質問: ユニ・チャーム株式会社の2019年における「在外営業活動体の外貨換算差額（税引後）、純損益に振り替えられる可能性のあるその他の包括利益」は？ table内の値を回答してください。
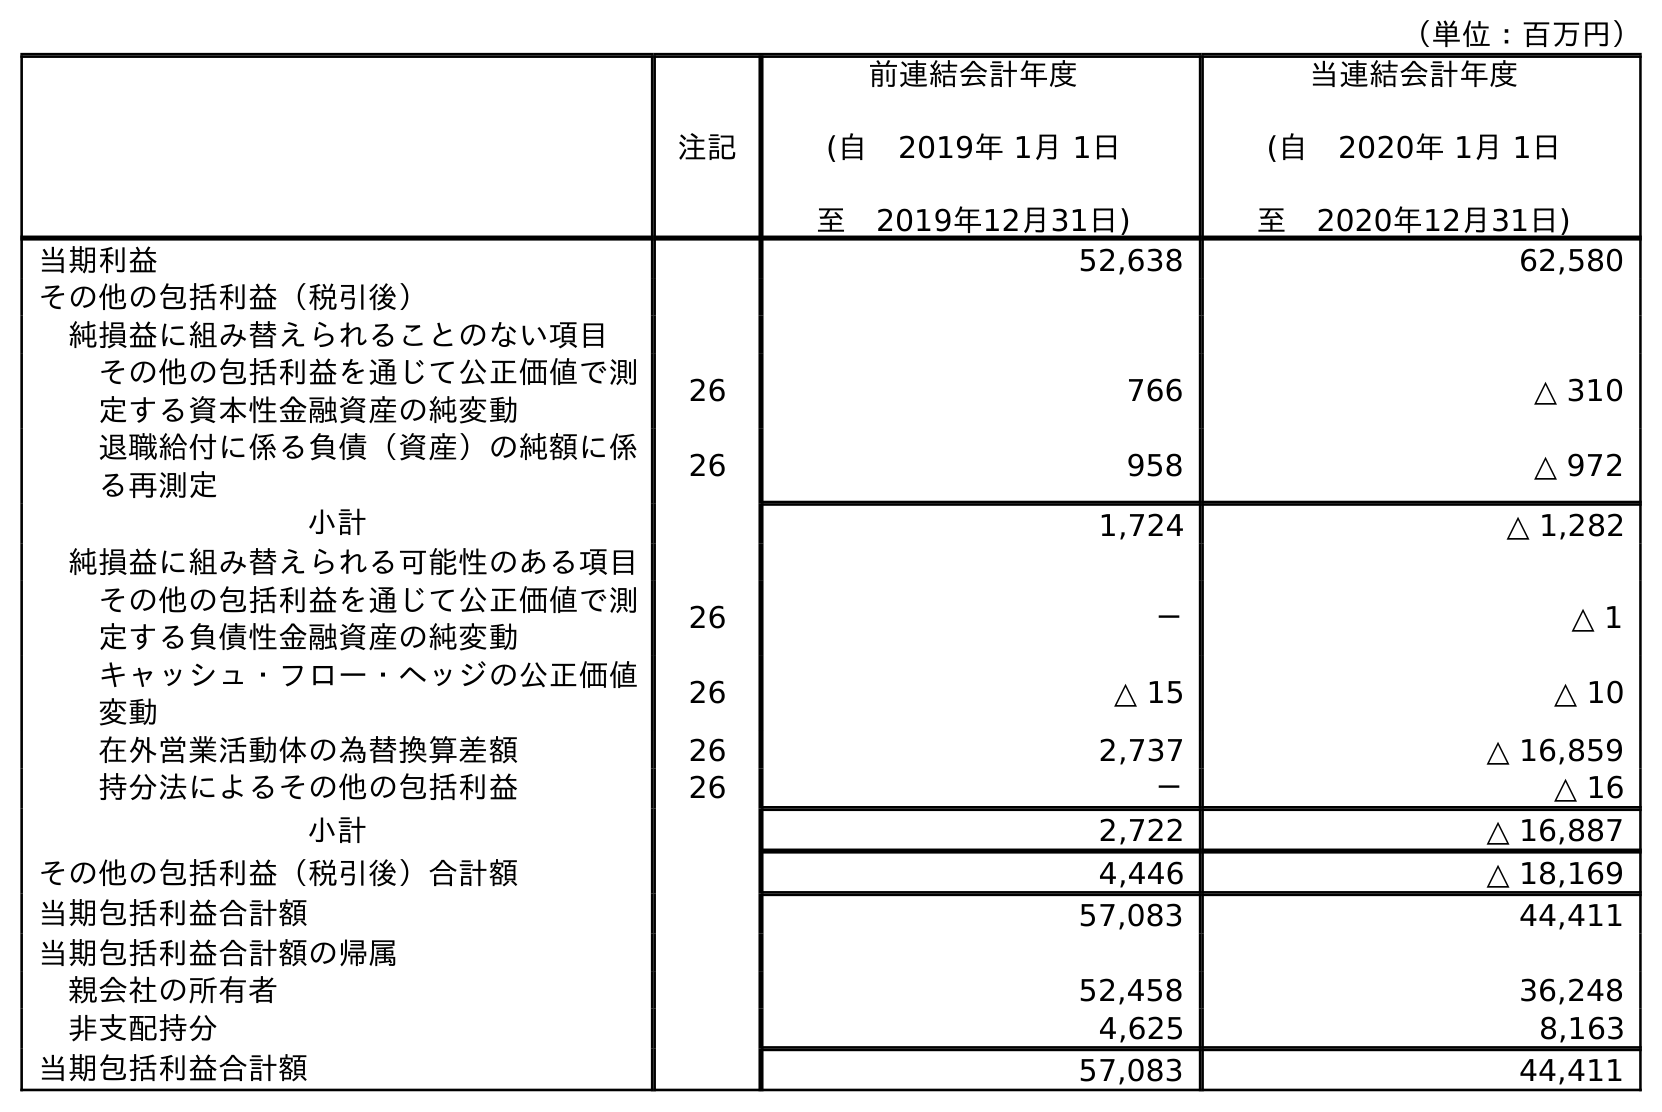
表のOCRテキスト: （単位：百万円） 注記 前連結会計年度 (自 2019年 1月 1日 至 2019年12月31日) 当連結会計年度 (自 2020年 1月 1日 至 2020年12月31日) 当期利益 52,638 62,580 その他の包括利益（税引後） 純損益に組み替えられることのない項目 その他の包括利益を通じて公正価値で測 定する資本性金融資産の純変動 26 766 △ 310 退職給付に係る負債（資産）の純額に係 る再測定 26 958 △ 972 小計 1,724 △ 1,282 純損益に組み替えられる可能性のある項目 その他の包括利益を通じて公正価値で測 定する負債性金融資産の純変動 26 － △ 1 キャッシュ・フロー・ヘッジの公正価値 変動 26 △ 15 △ 10 在外営業活動体の為替換算差額 26 2,737 △ 16,859 持分法によるその他の包括利益 26 － △ 16 小計 2,722 △ 16,887 その他の包括利益（税引後）合計額 4,446 △ 18,169 当期包括利益合計額 57,083 44,411 当期包括利益合計額の帰属 親会社の所有者 52,458 36,248 非支配持分 4,625 8,163 当期包括利益合計額 57,083 44,411
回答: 2,737